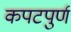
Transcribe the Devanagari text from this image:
कपटपुर्ण